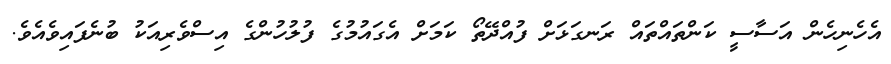
އެހެނިހެން އަސާސީ ކަންތައްތައް ރަނގަޅަށް ފުއްދޭތޯ ކަމަށް އެގައުމުގެ ފުލުހުންގެ އިސްވެރިއަކު ބުނެފައިވެއެވެ.